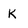
Character: k